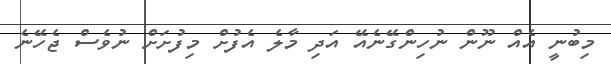
މިބުނީ އެއް ނޫން ނުހިންގޭނެއޭ އަދި މާލެ އެފުށް މިފުށަށް ނުވެސް ޖެހޭނެ